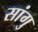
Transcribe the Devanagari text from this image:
सांगु